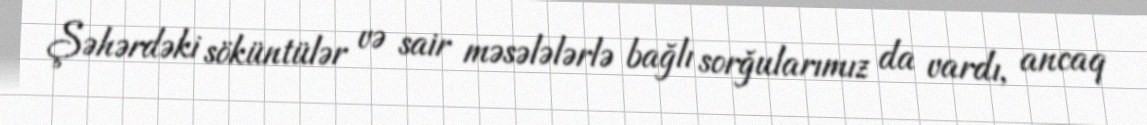
Şəhərdəki söküntülər və sair məsələlərlə bağlı sorğularımız da vardı, ancaq